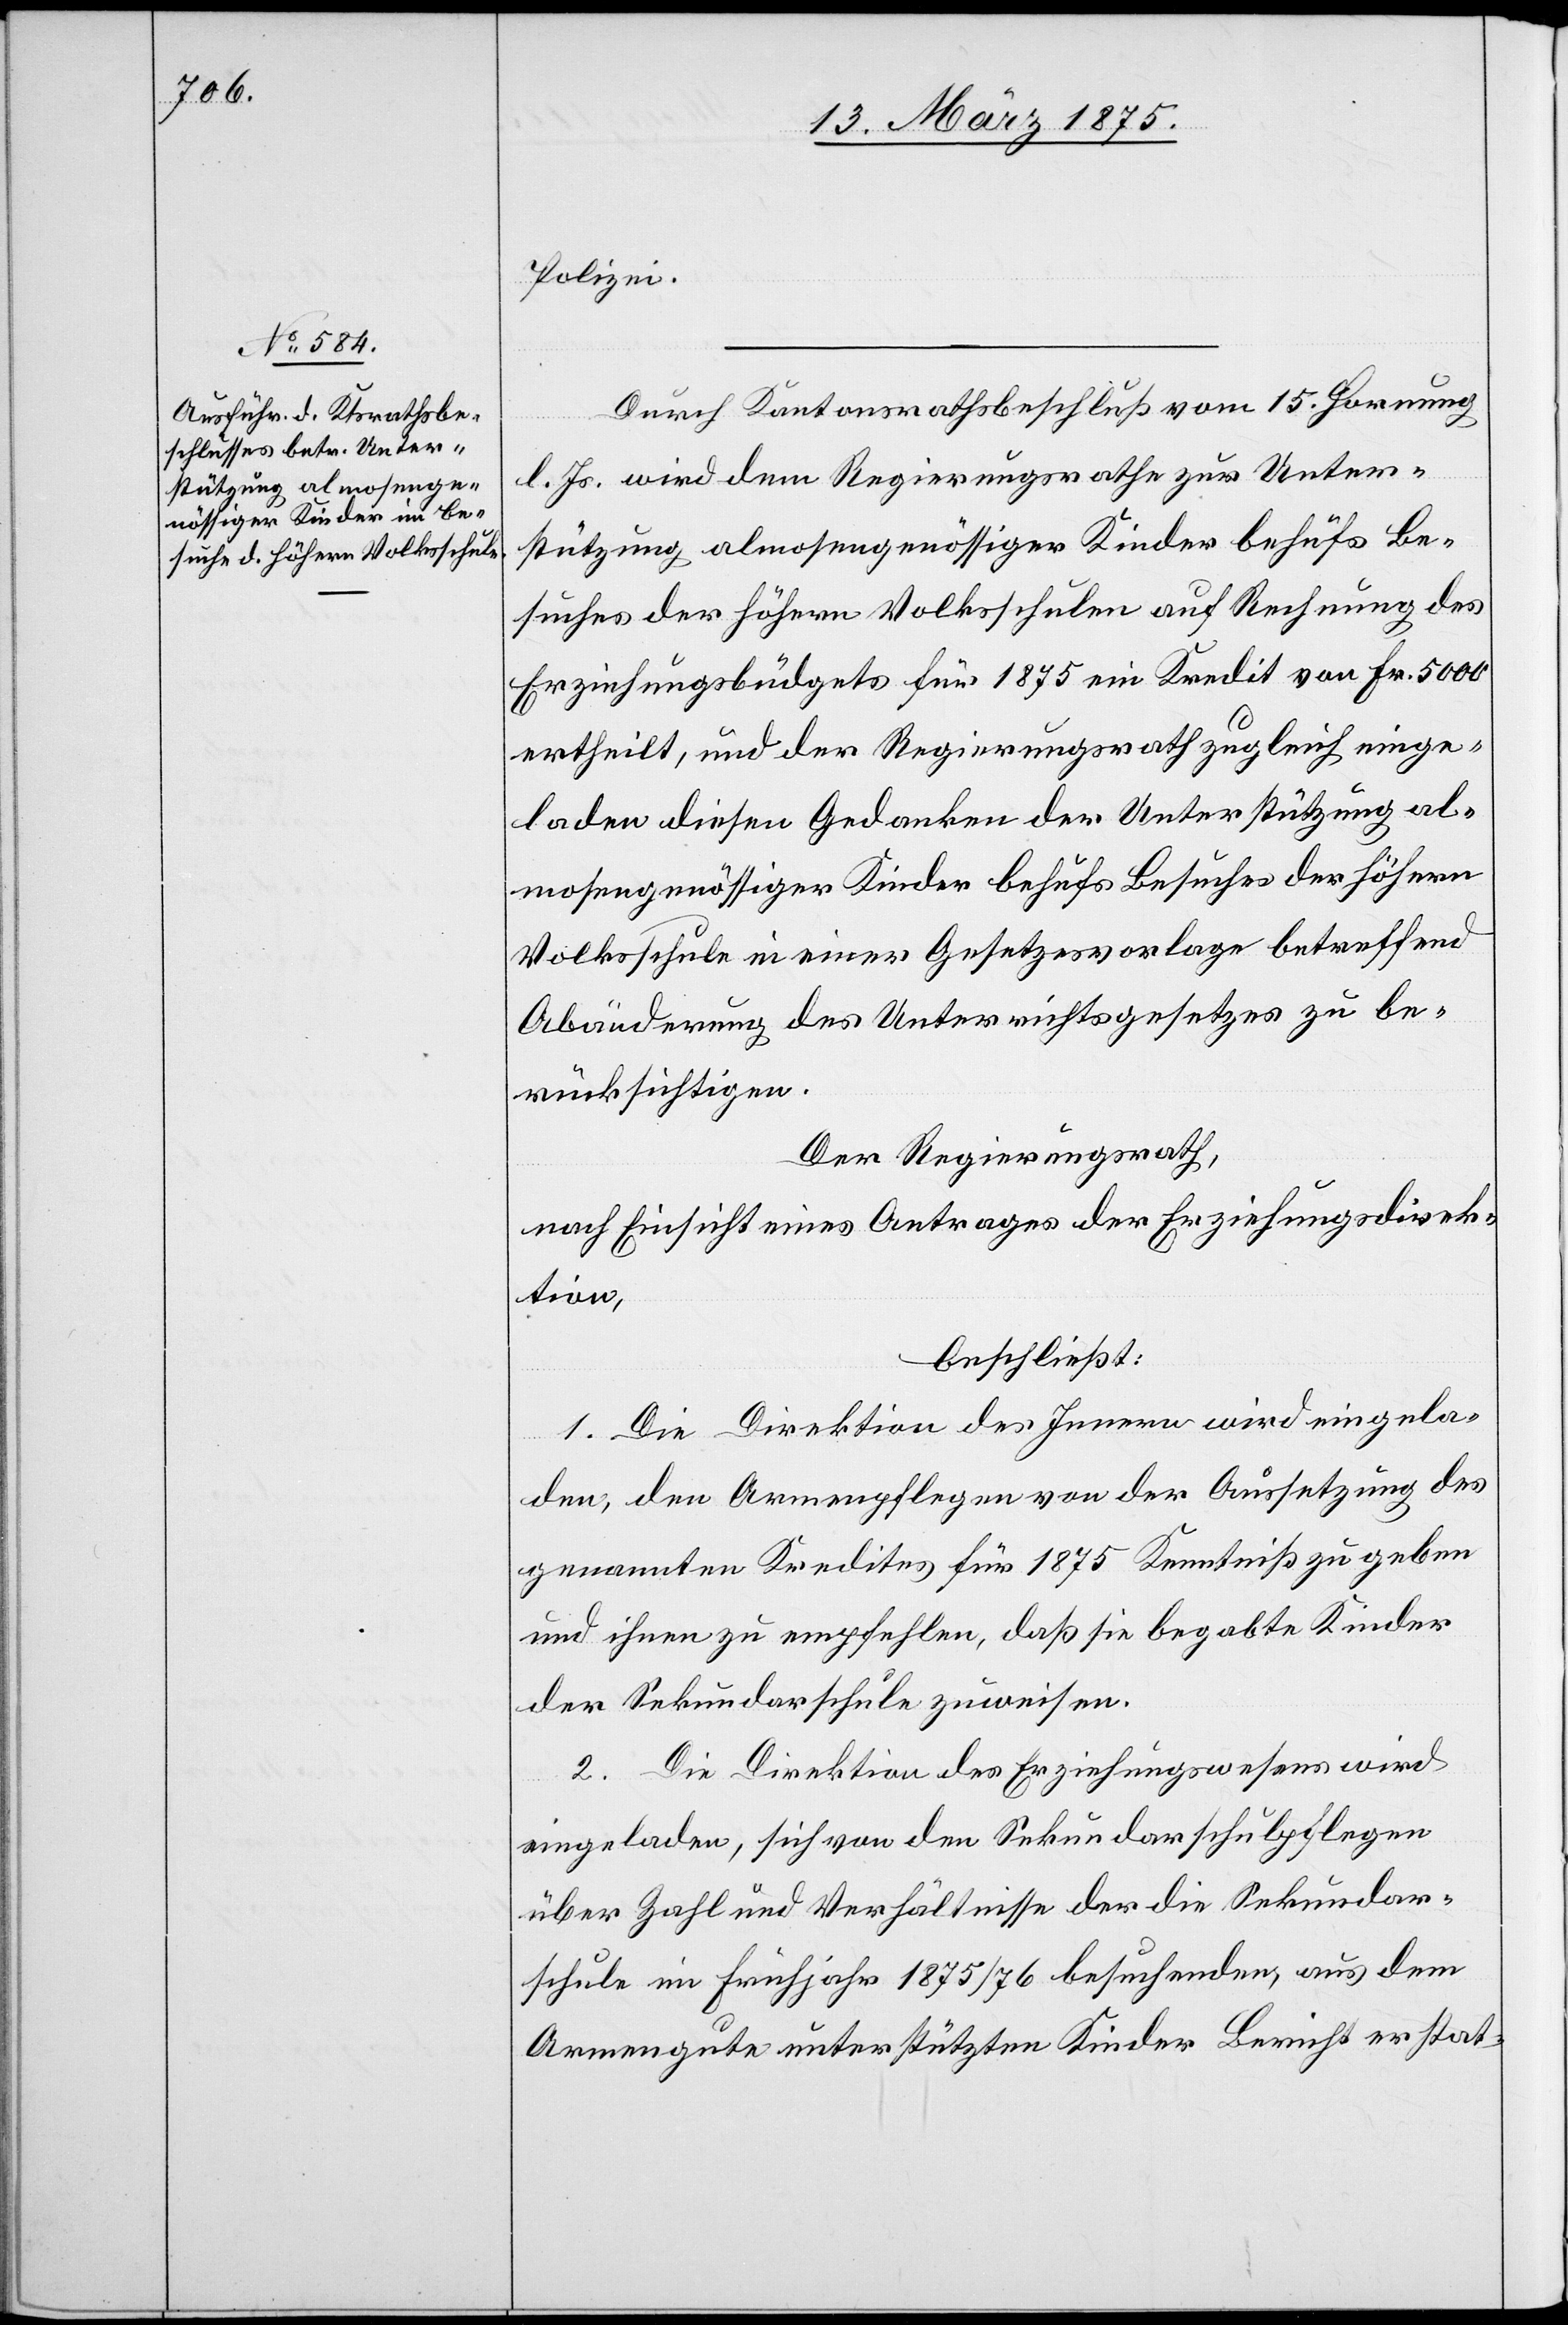
Polizei.
Durch Kantonsrathsbeschluß vom 15. Hornung
l. Js. wird dem Regierungsrathe zur Unter¬
stützung almosengenössiger Kinder behufs Be¬
suches der höhern Volksschulen auf Rechnung des
Erziehungsbüdgets für 1875 ein Kredit von Fr. 5000
ertheilt, und der Regierungsrath zugleich einge¬
laden diesen Gedanken der Unterstützung al¬
mosengenössiger Kinder behufs Besuches der höhern
Volksschule in einer Gesetzesvorlage betreffend
Abänderung des Unterrichtsgesetzes zu be¬
rücksichtigen.
Der Regierungsrath,
nach Einsicht eines Antrages der Erziehungsdirek¬
tion,
beschließt:
1. Die Direktion des Innern wird eingela¬
den, den Armenpflegen von der Aussetzung des
genannten Kredites für 1875 Kenntniß zu geben
und ihnen zu empfehlen, daß sie begabte Kinder
der Sekundarschule zuweisen.
2. Die Direktion des Erziehungswesens wird
eingeladen, sich von den Sekundarschulpflegen
über Zahl und Verhältnisse der die Sekundar¬
schule im Frühjahr 1875/76 besuchenden, aus dem
Armengute unterstützten Kinder Bericht erstat-